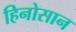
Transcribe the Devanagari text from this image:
हिनोसान